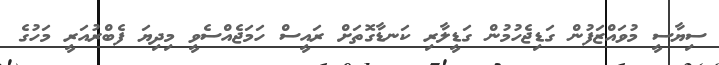
ސިޔާސީ މުވައްޒަފުން ގަޑިޖެހުމުން ގަޑީލާރި ކަނޑާގޮތަށް ރައީސް ހަމަޖެއްސެވީ މިދިޔަ ފެބްރުއަރީ މަހުގެ